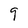
Character: 9